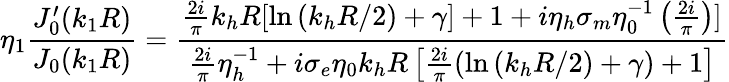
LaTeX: \eta_{1}\frac{J_{0}^{\prime}(k_{1}R)}{J_{0}(k_{1}R)}=\frac{\frac{2i}{\pi}k_{h}R[\ln{(k_{h}R/2)+\gamma]+1+i\eta_{h}\sigma_{m}\eta_{0}^{-1}\left(\frac{2i}{\pi}\right)}]}{\frac{2i}{\pi}\eta_{h}^{-1}+i\sigma_{e}\eta_{0}k_{h}R\left[\frac{2i}{\pi}\left(\ln{(k_{h}R/2)+\gamma}\right)+1\right]}